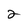
Character: 2